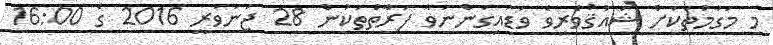
މި މަގާމުތަކަށް ޝައުޤުވެރިވެ ވަޑައިގަންނަވާ ފަރާތްތަކުން 28 ޖަނަވަރީ 2016 ގެ 16:00